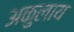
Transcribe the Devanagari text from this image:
अकुलाय